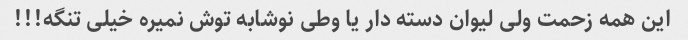
این همه زحمت ولی لیوان دسته دار یا وطی نوشابه توش نمیره خیلی تنگه!!!